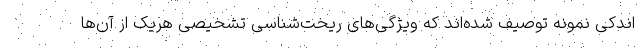
اندکی نمونه توصیف شده‌اند که ویژگی‌های ریخت‌شناسی تشخیصی هریک از آن‌ها